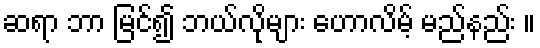
ဆရာ ဘာ မြင်၍ ဘယ်လိုများ ဟောလိမ့် မည်နည်း ။